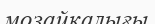
мозайкалығы